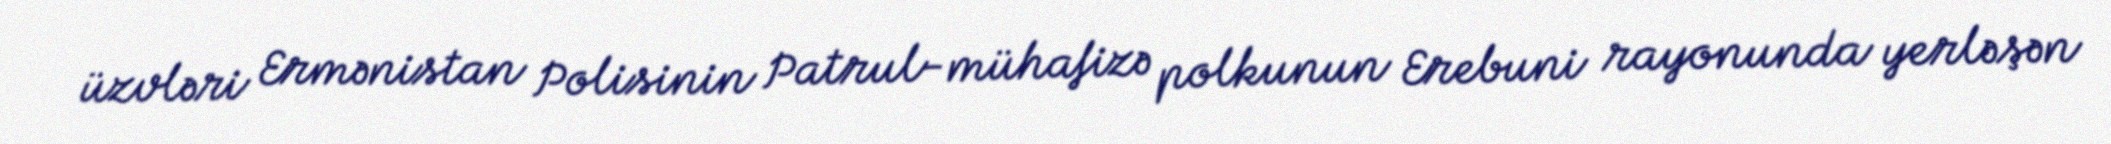
üzvləri Ermənistan Polisinin Patrul-mühafizə polkunun Erebuni rayonunda yerləşən